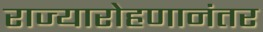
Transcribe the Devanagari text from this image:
राज्यारोहणानंतर